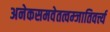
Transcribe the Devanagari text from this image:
अनेकसमवेतत्वम्जातिवर्त्त्य